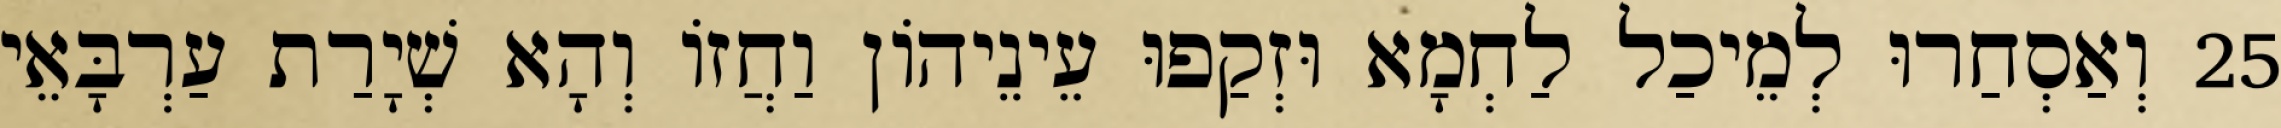
25 וְאַסְחַרוּ לְמֵיכַל לַחְמָא וּזְקַפוּ עֵינֵיהוֹן וַחֲזוֹ וְהָא שְׁיָרַת עַרְבָּאֵי